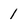
Character: 1